Scottish Leaving Certificate Examination, 1958
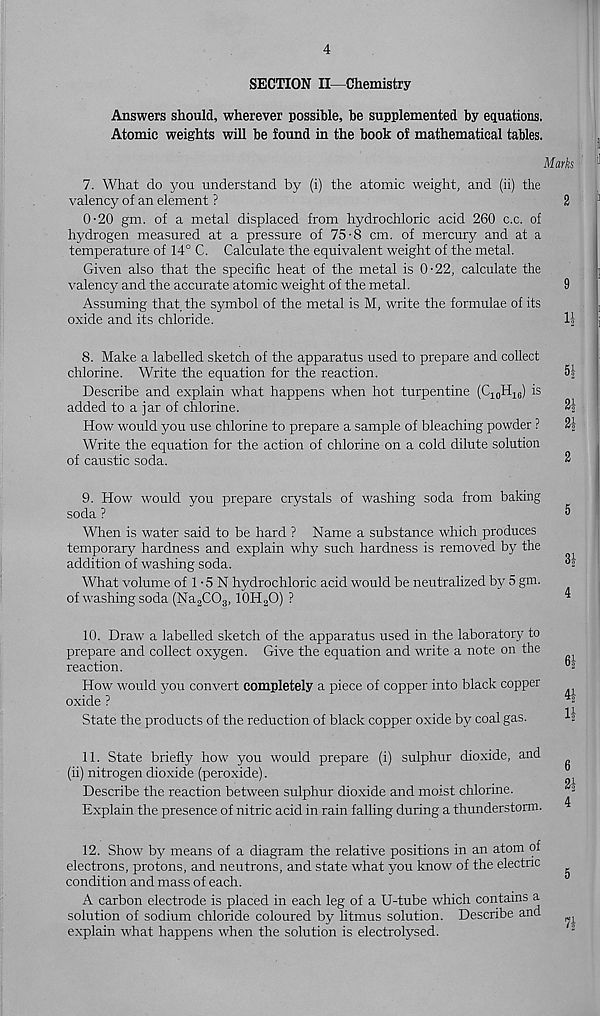
4
SECTION II—Chemistry
Answers should, wherever possible, be supplemented by equations.
Atomic weights will be found in the book of mathematical tables.
Marks
7. What do you understand by (i) the atomic weight, and (ii) the
valency of an element ?
0-20 gm. of a metal displaced from hydrochloric acid 260 c.c. of
hydrogen measured at a pressure of 75-8 cm. of mercury and at a
temperature of 14° C. Calculate the equivalent weight of the metal.
Given also that the specific heat of the metal is 0-22, calculate the
valency and the accurate atomic weight of the metal.
Assuming that the symbol of the metal is M, write the formulae of its
oxide and its chloride.
8. Make a labelled sketch of the apparatus used to prepare and collect
chlorine. Write the equation for the reaction.
Describe and explain what happens when hot turpentine (C 10 H ie ) is
added to a jar of chlorine.
How would you use chlorine to prepare a sample of bleaching powder ?
Write the equation for the action of chlorine on a cold dilute solution
of caustic soda.
51
21
21
9. How would you prepare crystals of washing soda from baking
soda ?
When is water said to be hard ? Name a substance which produces
temporary hardness and explain why such hardness is removed by the
addition of washing soda.
What volume of 1 • 5 N hydrochloric acid would be neutralized by 5 gm.
of washing soda (Na 2 C0 3 ,10H 2 O) ?
3|
10. Draw a labelled sketch of the apparatus used in the laboratory to
prepare and collect oxygen. Give the equation and write a note on the
reaction.
How would you convert completely a piece of copper into black copper
oxide ?
State the products of the reduction of black copper oxide by coal gas.
11. State briefly how you would prepare (i) sulphur dioxide, and
(ii) nitrogen dioxide (peroxide).
Describe the reaction between sulphur dioxide and moist chlorine.
Explain the presence of nitric acid in rain falling during a thunderstorm.
41-
II
6
21
4
12. Show by means of a diagram the relative positions in an atom of
electrons, protons, and neutrons, and state what you know of the electric
condition and mass of each.
A carbon electrode is placed in each leg of a U-tube which contains a
solution of sodium chloride coloured by litmus solution. Describe and
explain what happens when the solution is electrolysed.
71